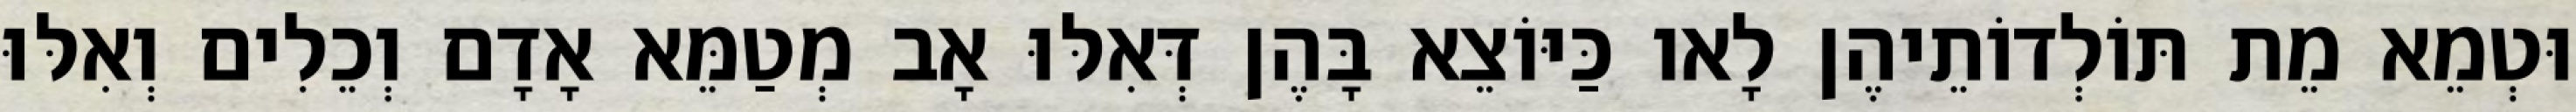
וּטְמֵא מֵת תּוֹלְדוֹתֵיהֶן לָאו כַּיּוֹצֵא בָּהֶן דְּאִלּוּ אָב מְטַמֵּא אָדָם וְכֵלִים וְאִלּוּ